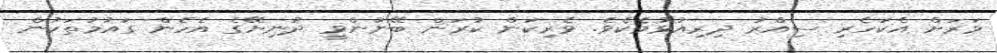
ވަރަށް އެކަހެރި ސިއްރު ދިރިއުޅުމެކެވެ. ވެރިކަން ކުރަން ބޭނުންވީ ދުނިޔޭގެ އެހެން ގައުމުތަކުން